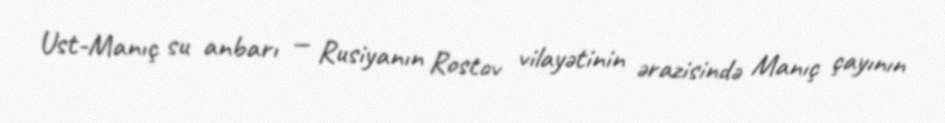
Ust-Manıç su anbarı — Rusiyanın Rostov vilayətinin ərazisində Manıç çayının